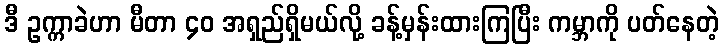
ဒီ ဥက္ကာခဲဟာ မီတာ ၄၀ အရှည်ရှိမယ်လို့ ခန့်မှန်းထားကြပြီး ကမ္ဘာကို ပတ်နေတဲ့